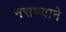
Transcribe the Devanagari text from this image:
नसण्याने